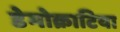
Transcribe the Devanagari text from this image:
डेमोक्राटिया